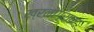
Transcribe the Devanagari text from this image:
ख्रनोग्राफ